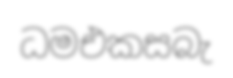
ධමඑකසබැ